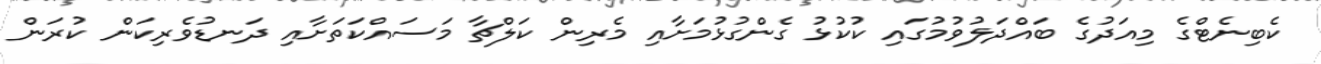
ކެބިނެޓްގެ މިއަދުގެ ބައްދަލުވުމުގައި ކުކުޅު ގެންގުޅުމަށާއި މެރިން ކަލްޗާ މަސައްކަތަށާއި ދަނޑުވެރިކަން ކުރަން